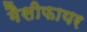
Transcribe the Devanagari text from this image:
गैसीफायर